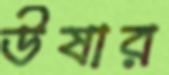
উষার